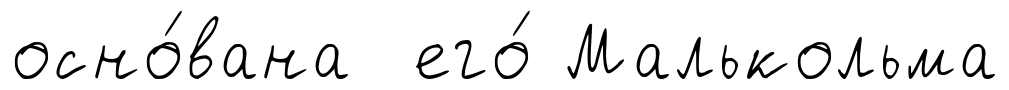
осно́вана его́ Малькольма